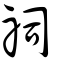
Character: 祠